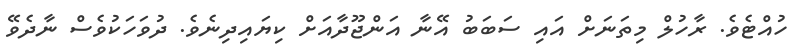
ހުއްޓެވެ. ރާހުލް މިތަނަށް އައި ސަބަބު އޭނާ އަންޖޫދާއަށް ކިޔައިދިނެވެ. ދުވަހަކުވެސް ނާދެވޭ